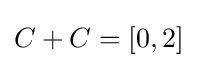
{\textstyle C+C=[0,2]}